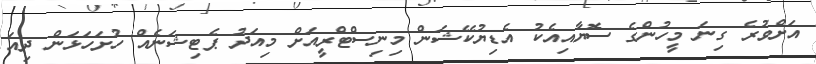
އަށްވުރެ ގިނަ މީހުންގެ ސޮޔާއިއެކު އެޑިޔުކޭޝަން މިނިސްޓްރީއަށް މިއަދު ޕެޓިޝަނެއް ހުށަހަޅަން ދިއަ